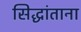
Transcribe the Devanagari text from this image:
सिद्धांताना